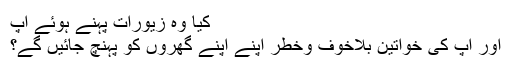
کیا وہ زیورات پہنے ہوئے آپ
اور آپ کی خواتین بلاخوف وخطر اپنے اپنے گھروں کو پہنچ جائیں گے؟